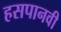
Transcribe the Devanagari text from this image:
हसपानवी